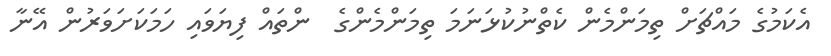
އެކަމުގެ މައްޗަށް ތިމަންމެން ކެތްނުކުޅަނަމަ ތިމަންމެންގެ  ންތައް ފިޔަވައި ހަމަކަށަވަރުން އޭނާ